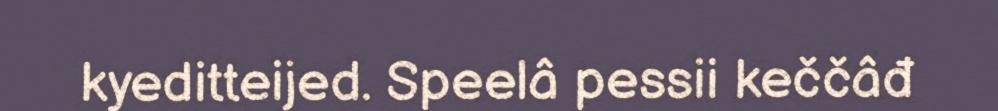
kyeditteijed. Speelâ pessii keččâđ